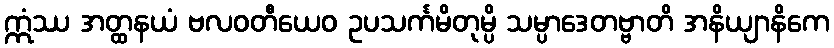
ဣံဿ အတ္ထနယံ ဗလဝတီယေဝ ဥပသင်္ကမိတုမ္ပိ သမ္ပာဒေတဗ္ဗာတိ အနိယျာနိကေ